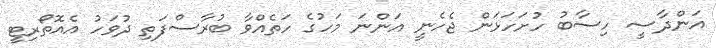
އަންދާސީ ހިސާބު ހުށަހަޅަން ޖެހެނީ އަންނަ މަހުގެ ހަތެއްވާ ބުރާސްފަތި ދުވަހު އެއޮތޯރިޓީ